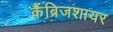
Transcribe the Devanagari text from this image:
कैंब्रिजशायर